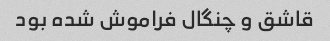
قاشق و چنگال فراموش شده بود